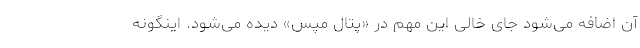
آن اضافه می‌شود جای خالی این مهم در «پتال مپس» دیده می‌شود. اینگونه